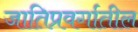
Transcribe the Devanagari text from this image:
जातिप्रवर्गातील